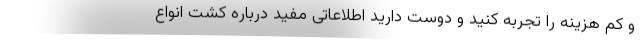
و کم هزینه را تجربه کنید و دوست دارید اطلاعاتی مفید درباره کشت انواع